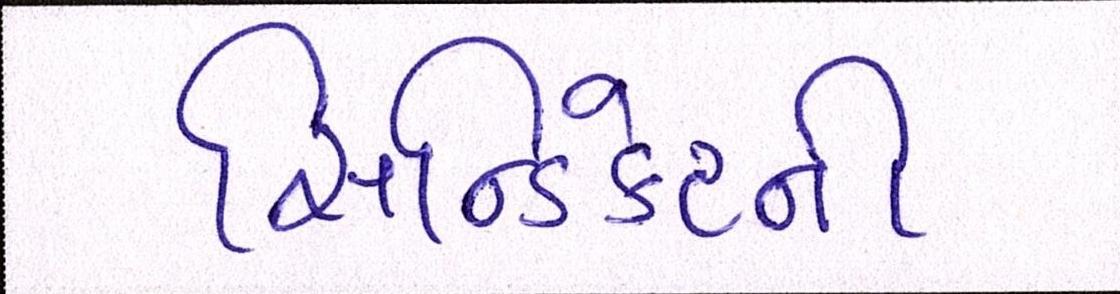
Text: સિન્ડિકેટની